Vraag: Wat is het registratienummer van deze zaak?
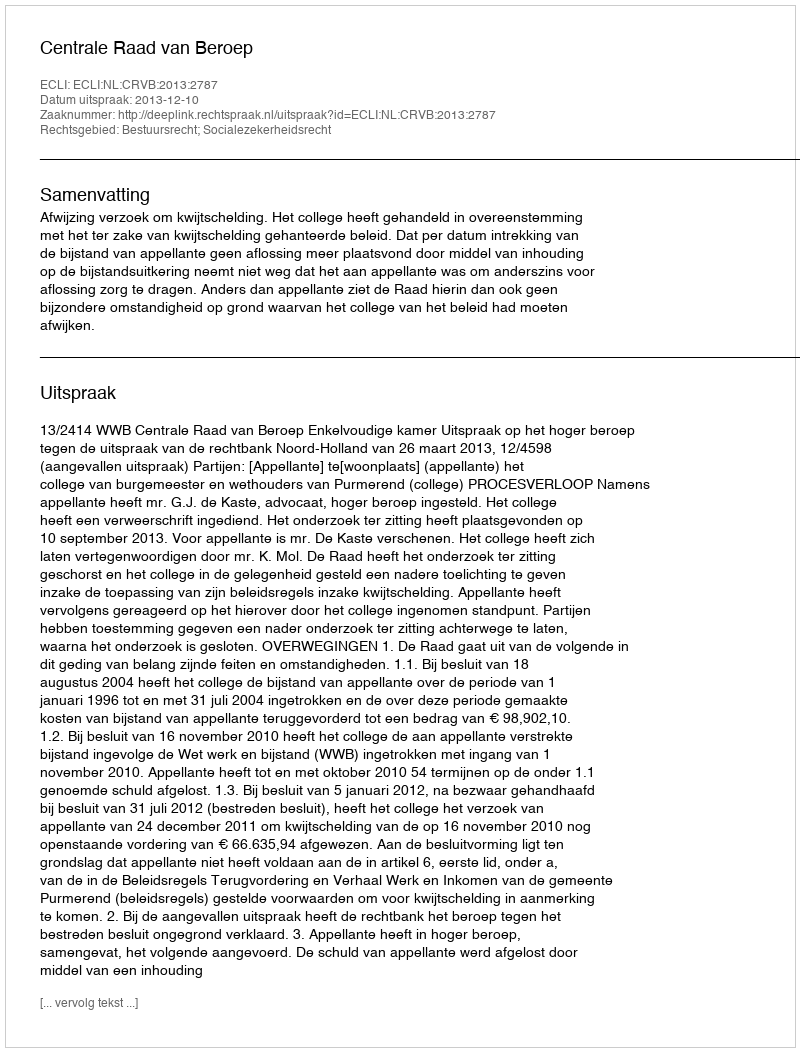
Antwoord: http://deeplink.rechtspraak.nl/uitspraak?id=ECLI:NL:CRVB:2013:2787